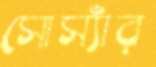
সোস্যাঁর